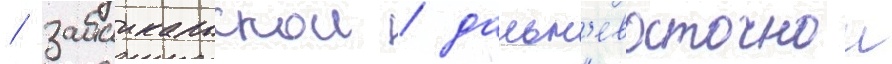
/ забаикальскои / дальн'евосточнои